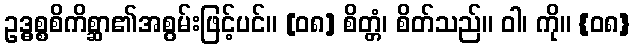
ဥဒ္ဓစ္စစိကိစ္ဆာ၏အစွမ်းဖြင့်ပင်။ [၀၈] စိတ္တံ၊ စိတ်သည်။ ဝါ၊ ကို။ {၀၈}